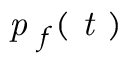
\textit { p } _ { f } ( \textit { t } )